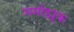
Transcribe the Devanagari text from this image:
मर्माड्यूक